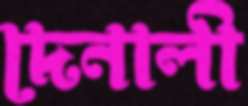
দেনালী